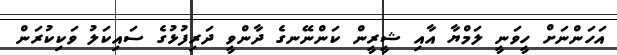
އަހަންނަށް ހީވަނީ ލަމްޔާ އާއި ޝީރީން ކަންނޭނގެ ދާންވީ ދަރިފުޅުގެ ސައިކަލު ވަކިކުރަން